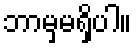
ဘာမှမရှိပါ။